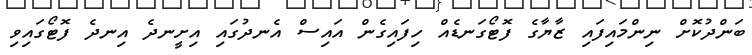
ބަންދުކޮށް ނިންމައިފައި ޒާޔާގެ ފޮޓޯގަނޑެއް ހިފައިގެން އައިސް އެނދުގައި އިށީނދެ އިނދެ ފޮޓޯގައިވި